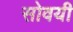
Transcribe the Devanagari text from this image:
सोवयी